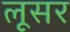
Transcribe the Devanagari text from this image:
लूसर